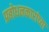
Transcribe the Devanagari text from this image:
प्रबोधनकारांच्या